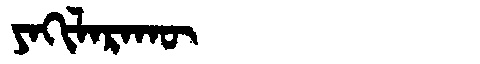
Manchu: ᠶᠠᡴᡳᠯᠠᡵᠠᡴᡡ
Romanization: YAKILARAKŪ